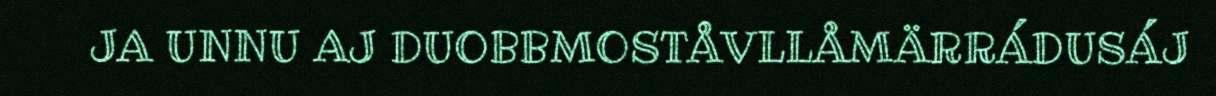
JA UNNU AJ DUOBBMOSTÅVLLÅMÄRRÁDUSÁJ